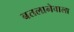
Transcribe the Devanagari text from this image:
बतलानेवाला